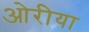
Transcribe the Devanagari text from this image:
ओरीया